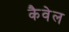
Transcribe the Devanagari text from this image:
कैवेल